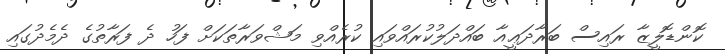
ކޮންޑޮލީޒާ ރައިސް ބަރާދަޢީއާ ބައްދަލުކުރައްވައި ކުރެއްވި މަޝްވަރާތަކަށް ފަހު ދެ ފަރާތުގެ ދެމެދުގައި